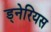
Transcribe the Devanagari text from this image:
ड्नेरियस